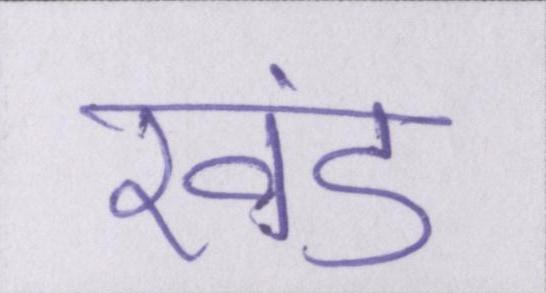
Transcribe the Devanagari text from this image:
खंड